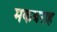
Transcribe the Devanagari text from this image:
मकबराह